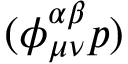
( \phi _ { { \mu } { \nu } } ^ { \alpha \beta } p )